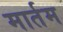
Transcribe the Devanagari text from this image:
मार्तम